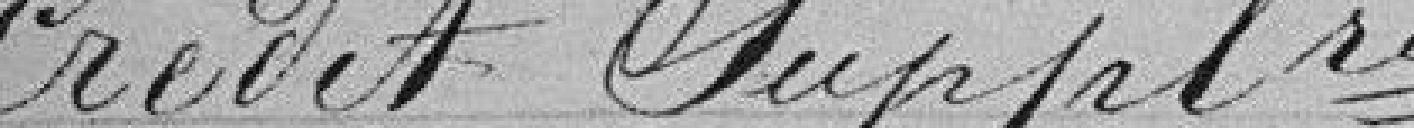
Crédit supplémentaire